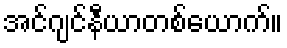
အင်ဂျင်နီယာတစ်ယောက်။